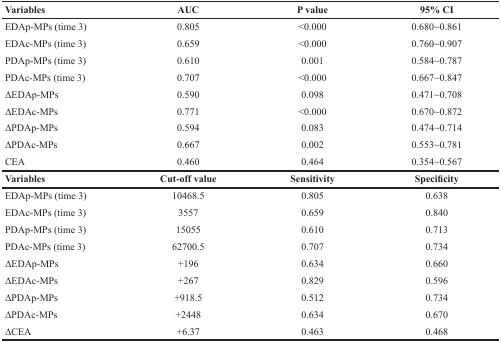
<table><thead><tr><td><b>Variables</b></td><td><b>AUC</b></td><td><b>P value</b></td><td><b>95% CI</b></td></tr></thead><tbody><tr><td>EDAp-MPs (time 3)</td><td>0.805</td><td>&lt;0.000</td><td>0.680~0.861</td></tr><tr><td>EDAc-MPs (time 3)</td><td>0.659</td><td>&lt;0.000</td><td>0.760~0.907</td></tr><tr><td>PDAp-MPs (time 3)</td><td>0.610</td><td>0.001</td><td>0.584~0.787</td></tr><tr><td>PDAc-MPs (time 3)</td><td>0.707</td><td>&lt;0.000</td><td>0.667~0.847</td></tr><tr><td>ΔEDAp-MPs</td><td>0.590</td><td>0.098</td><td>0.471~0.708</td></tr><tr><td>ΔEDAc-MPs</td><td>0.771</td><td>&lt;0.000</td><td>0.670~0.872</td></tr><tr><td>ΔPDAp-MPs</td><td>0.594</td><td>0.083</td><td>0.474~0.714</td></tr><tr><td>ΔPDAc-MPs</td><td>0.667</td><td>0.002</td><td>0.553~0.781</td></tr><tr><td>CEA</td><td>0.460</td><td>0.464</td><td>0.354~0.567</td></tr><tr><td><b>Variables</b></td><td><b>Cut-off value</b></td><td><b>Sensitivity</b></td><td><b>Specificity</b></td></tr><tr><td>EDAp-MPs (time 3)</td><td>10468.5</td><td>0.805</td><td>0.638</td></tr><tr><td>EDAc-MPs (time 3)</td><td>3557</td><td>0.659</td><td>0.840</td></tr><tr><td>PDAp-MPs (time 3)</td><td>15055</td><td>0.610</td><td>0.713</td></tr><tr><td>PDAc-MPs (time 3)</td><td>62700.5</td><td>0.707</td><td>0.734</td></tr><tr><td>ΔEDAp-MPs</td><td>+196</td><td>0.634</td><td>0.660</td></tr><tr><td>ΔEDAc-MPs</td><td>+267</td><td>0.829</td><td>0.596</td></tr><tr><td>ΔPDAp-MPs</td><td>+918.5</td><td>0.512</td><td>0.734</td></tr><tr><td>ΔPDAc-MPs</td><td>+2448</td><td>0.634</td><td>0.670</td></tr><tr><td>ΔCEA</td><td>+6.37</td><td>0.463</td><td>0.468</td></tr></tbody></table>